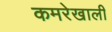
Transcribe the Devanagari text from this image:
कमरेखाली